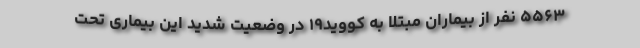
۵۵۶۳ نفر از بیماران مبتلا به کووید۱۹ در وضعیت شدید این بیماری تحت